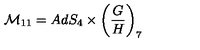
{ \cal M } _ { 1 1 } = A d S _ { 4 } \times \left( \frac { G } { H } \right) _ { 7 }